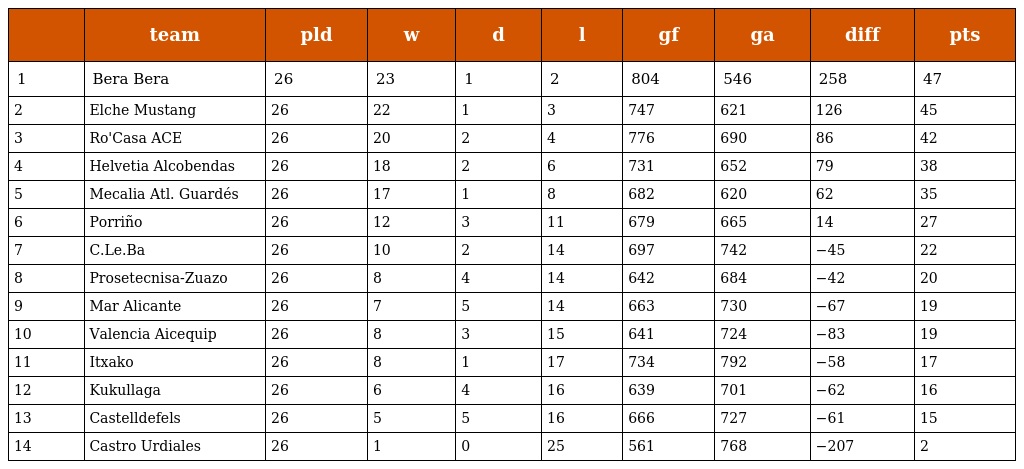
|  | team | pld | w | d | l | gf | ga | diff | pts |
 | --- | --- | --- | --- | --- | --- | --- | --- | --- | --- |
 | 1 | Bera Bera | 26 | 23 | 1 | 2 | 804 | 546 | 258 | 47 |
 | 2 | Elche Mustang | 26 | 22 | 1 | 3 | 747 | 621 | 126 | 45 |
 | 3 | Ro'Casa ACE | 26 | 20 | 2 | 4 | 776 | 690 | 86 | 42 |
 | 4 | Helvetia Alcobendas | 26 | 18 | 2 | 6 | 731 | 652 | 79 | 38 |
 | 5 | Mecalia Atl. Guardés | 26 | 17 | 1 | 8 | 682 | 620 | 62 | 35 |
 | 6 | Porriño | 26 | 12 | 3 | 11 | 679 | 665 | 14 | 27 |
 | 7 | C.Le.Ba | 26 | 10 | 2 | 14 | 697 | 742 | −45 | 22 |
 | 8 | Prosetecnisa-Zuazo | 26 | 8 | 4 | 14 | 642 | 684 | −42 | 20 |
 | 9 | Mar Alicante | 26 | 7 | 5 | 14 | 663 | 730 | −67 | 19 |
 | 10 | Valencia Aicequip | 26 | 8 | 3 | 15 | 641 | 724 | −83 | 19 |
 | 11 | Itxako | 26 | 8 | 1 | 17 | 734 | 792 | −58 | 17 |
 | 12 | Kukullaga | 26 | 6 | 4 | 16 | 639 | 701 | −62 | 16 |
 | 13 | Castelldefels | 26 | 5 | 5 | 16 | 666 | 727 | −61 | 15 |
 | 14 | Castro Urdiales | 26 | 1 | 0 | 25 | 561 | 768 | −207 | 2 |